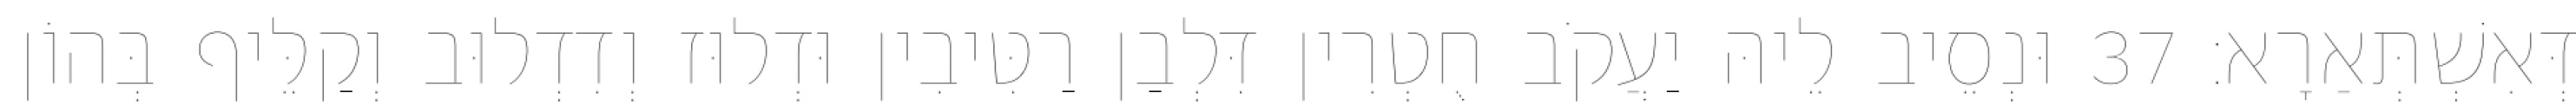
דְּאִשְׁתְּאַרָא׃ 37 וּנְסֵיב לֵיהּ יַעֲקֹב חֻטְרִין דִּלְבַן רַטִּיבִין וּדְלוּז וְדִדְלוּב וְקַלֵּיף בְּהוֹן